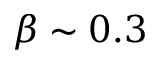
\beta \sim 0 . 3